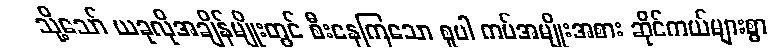
သို့သော် ယခုလိုအချိန်မျိုးတွင် စီးနေကြသော စူပါ ကပ်အမျိုးအစား ဆိုင်ကယ်များစွာ